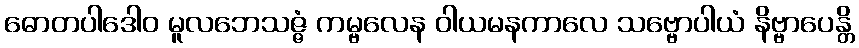
ဓောတပါဒေါဝ မူလဘေသဇ္ဇံ ကမ္ဗလေန ဝါယမနကာလေ သဗ္ဗောပါယံ နိဗ္ဗာပေန္တိ